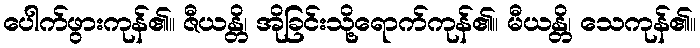
ပေါက်ဖွားကုန်၏။ ဇီယန္တိ၊ အိုခြင်းသို့ရောက်ကုန်၏။ မီယန္တိ၊ သေကုန်၏။